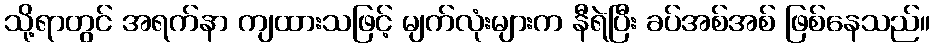
သို့ရာတွင် အရက်နာ ကျထားသဖြင့် မျက်လုံးများက နီရဲပြီး ခပ်အစ်အစ် ဖြစ်နေသည်။